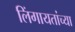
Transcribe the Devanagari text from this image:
लिंगायतांच्या